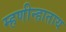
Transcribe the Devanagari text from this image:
म्हणीन्हाताय